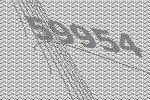
59954